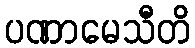
ပဏာမေသီတိ